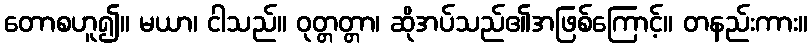
တောစဟူ၍။ မယာ၊ ငါသည်။ ဝုတ္တတ္တာ၊ ဆိုအပ်သည်၏အဖြစ်ကြောင့်။ တနည်းကား။